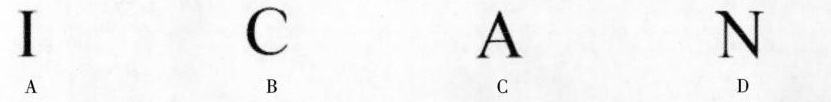
ICAN